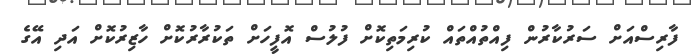
ފާރިސްއަށް ސަރުކާރުން ފިއްތުއްތައް ކުރިމަތިކޮށް ފުލުސް އޮފީހަށް ތަކުރާރުކޮށް ހާޒިރުކޮށް އަދި އޭގެ